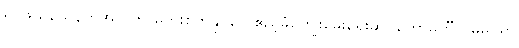
ရိုင်ဖယ်သေနတ်အလက် မကူးစက်နိုင်ပေ ဧည့်ခံကျွေးမွေးရေးဆပ်ကော်မတီ ဝမ်မိုင်ရွာ